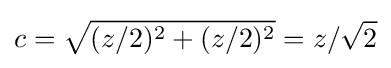
c={\sqrt {(z/2)^{2}+(z/2)^{2}}}=z/{\sqrt {2}}